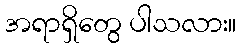
အရာရှိတွေ ပါသလား။